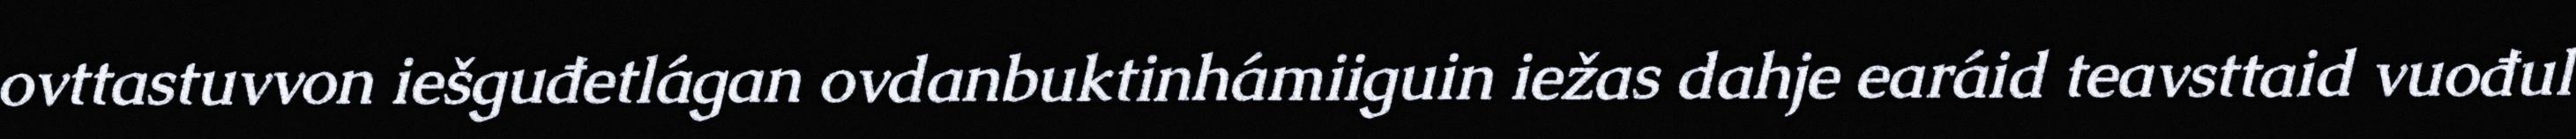
ovttastuvvon iešguđetlágan ovdanbuktinhámiiguin iežas dahje earáid teavsttaid vuođul